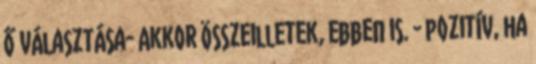
ő választása- Akkor összeilletek, ebben is. - pozitív, ha